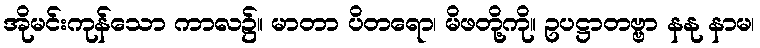
အိုမင်းကုန်သော ကာလ၌။ မာတာ ပိတရော၊ မိဖတို့ကို။ ဥပဋ္ဌာတဗ္ဗာ နနု နာမ၊